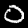
Label: 0